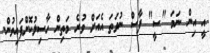
އީ އިން ނަމަ "ސީ" ފާސް ނުވަތަ އެއަށް ވުރެ މަތިން ހާސިލުކޮށްފައިވުން.